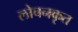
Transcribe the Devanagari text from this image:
लोचनकृत